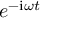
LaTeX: e ^ { - \mathrm { i } \omega t }